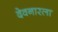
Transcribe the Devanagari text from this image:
देवनारला